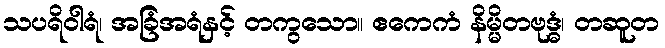
သပရိဝါရံ၊ အခြံအရံနှင့် တကွသော။ ဧကေကံ နိမ္မိတဗုဒ္ဓံ၊ တဆူတ